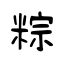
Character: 粽